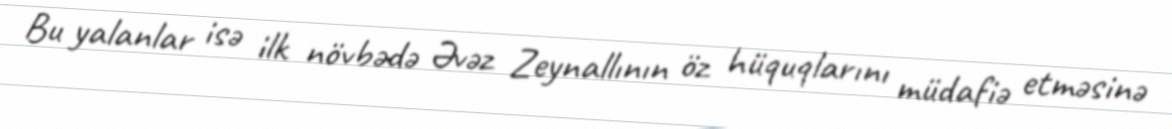
Bu yalanlar isə ilk növbədə Əvəz Zeynallının öz hüquqlarını müdafiə etməsinə